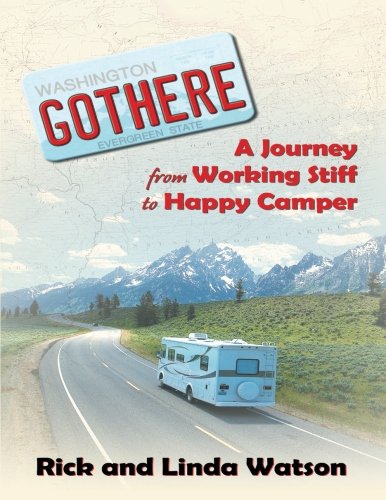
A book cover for Gothere: A Journey From Working Stiff to Happy Camper; Rick Watson; Travel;